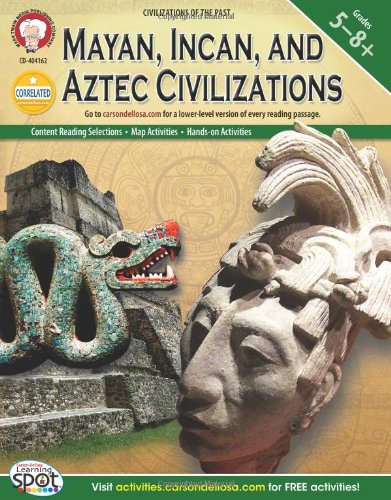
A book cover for Mayan, Incan, and Aztec Civilizations, Grades 5 - 8 (World History); Michael Kramme Ph.D.; Children's Books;